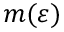
m ( \varepsilon )